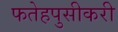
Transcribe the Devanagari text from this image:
फतेहपुसीकरी